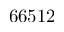
6 6 5 1 2